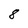
Character: 8